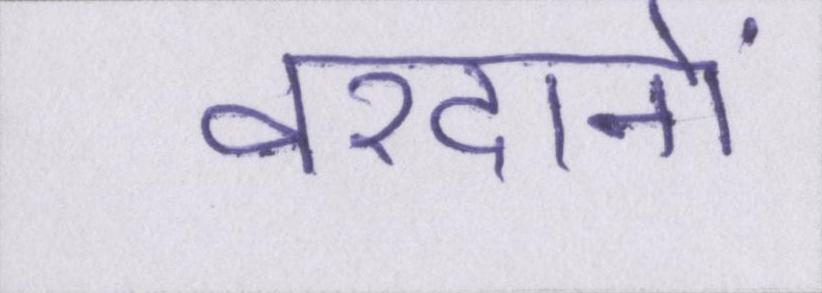
वरदानों